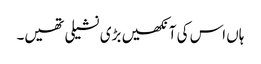
ہاں اس کی آنکھیں بڑی نشیلی تھیں۔